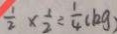
\frac { 1 } { 2 } \times \frac { 1 } { 2 } = \frac { 1 } { 4 } ( k g )